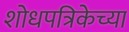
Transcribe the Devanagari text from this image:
शोधपत्रिकेच्या